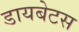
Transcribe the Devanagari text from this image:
डायबेटस